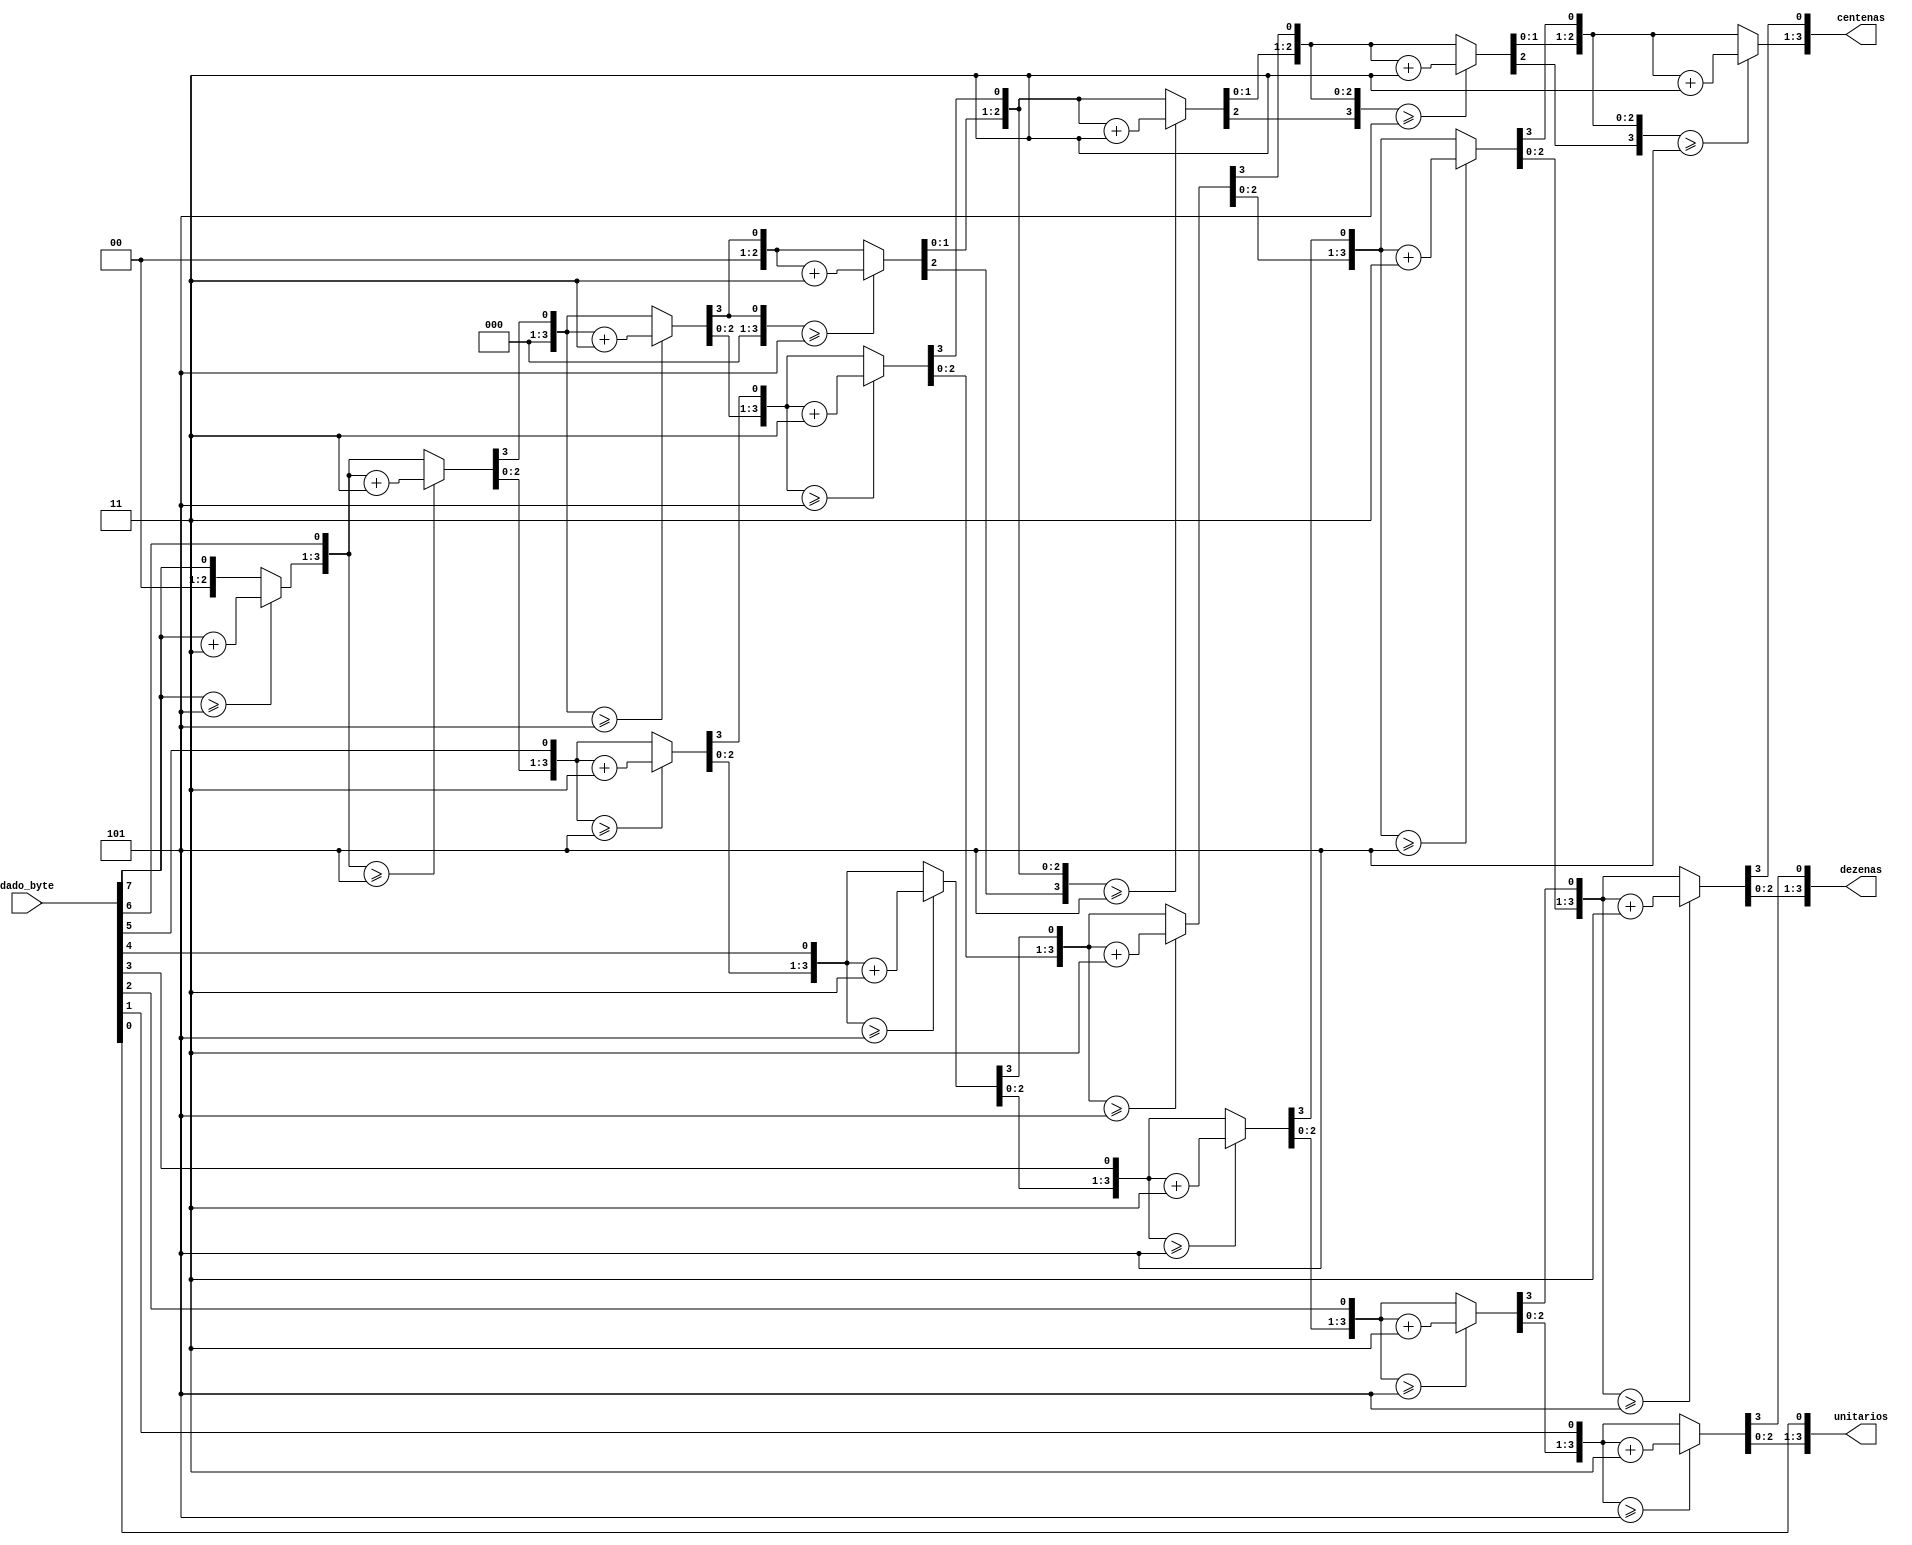
module byte_to_bcd(
//Codigo traduzido de uma fonte
//Codigo original disponivel em: https://pubweb.eng.utah.edu/~nmcdonal/Tutorials/BCDTutorial/BCDConversion.html
input [7:0] dado_byte,
output reg[3:0] centenas,
output reg[3:0] dezenas,
output reg[3:0] unitarios);

integer i;
always @(dado_byte)
begin
	centenas = 4'd0;
	dezenas = 4'd0;
	unitarios = 4'd0;
	
	for(i=7; i>=0; i=i-1)
	begin
		if(centenas>=5)
			centenas = centenas + 4'd3;
		if(dezenas>=5)
			dezenas = dezenas + 4'd3;
		if(unitarios>=5)
			unitarios = unitarios + 4'd3;
		centenas = centenas << 1;
		centenas[0] = dezenas[3];
		dezenas = dezenas << 1;
		dezenas[0] = unitarios[3];
		unitarios = unitarios << 1;
		unitarios[0] = dado_byte[i];
	end
end

endmodule